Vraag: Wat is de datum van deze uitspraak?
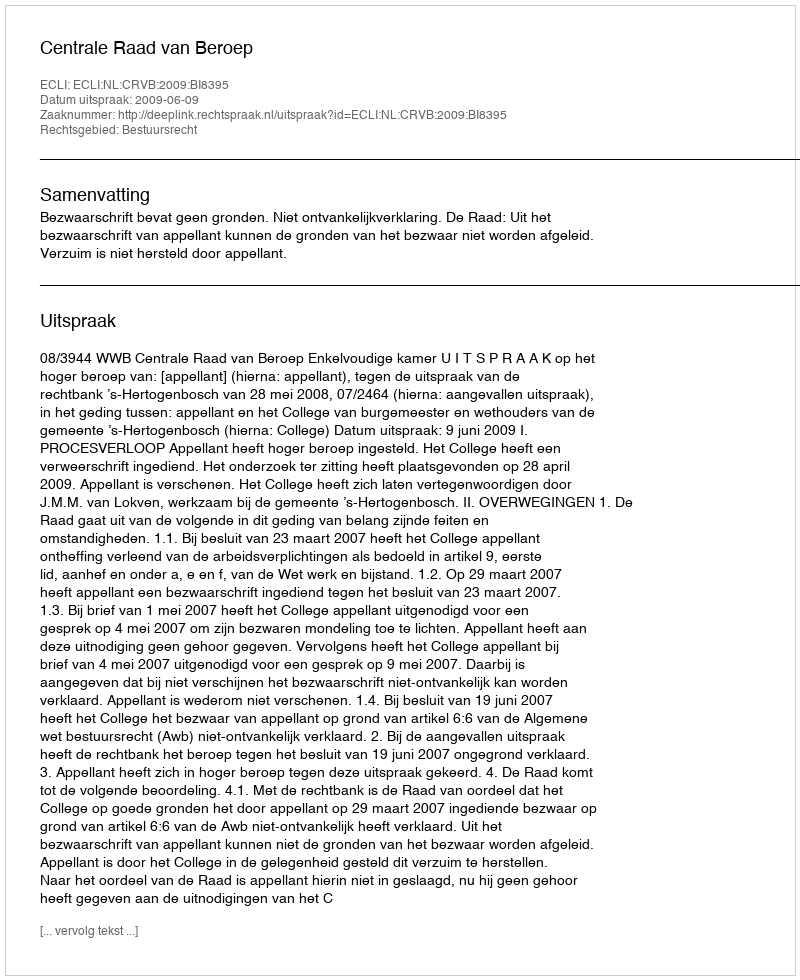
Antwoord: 2009-06-09